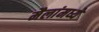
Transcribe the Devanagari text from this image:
मैलांमध्ये